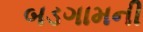
બડગામની